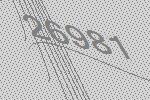
26981